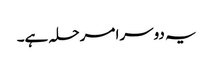
یہ دوسرا مرحلہ ہے۔